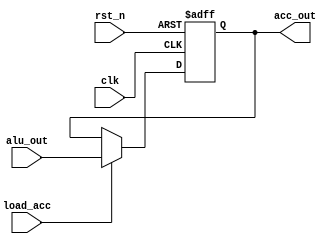
module acc(
    input               clk,
    input               rst_n,
    input               load_acc,
    input       [7:0]   alu_out,
    output reg  [7:0]   acc_out
);

    always @(posedge clk or negedge rst_n) begin
        if (!rst_n)
            acc_out <= 8'h00;
        else if (load_acc)
            acc_out <= alu_out;
        else
            acc_out <= acc_out;
    end

endmodule